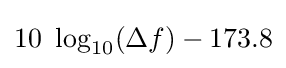
10\ \log _{10}(\Delta f)-173.8